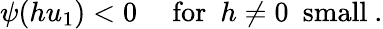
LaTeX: \psi(hu_{1})<0\ \ \ \ \ \mathrm{for}\ \ h\ne 0\ \ \mathrm{small}\ .